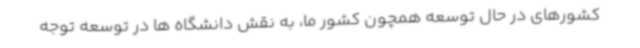
کشورهای در حال توسعه همچون کشور ما، به نقش دانشگاه ها در توسعه توجه